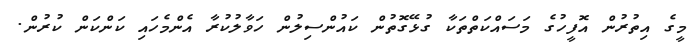
މީގެ އިތުރުން އޮފީހުގެ މަސައްކަތްތަކާ ގުޅޭގޮތުން ކައުންސިލުން ހަވާލުކުރާ އެންމެހައި ކަންކަން ކުރުން.